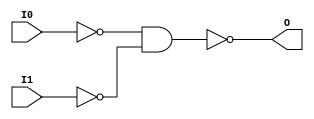
// $Header: /devl/xcs/repo/env/Databases/CAEInterfaces/verunilibs/data/unisims/NAND2B2.v,v 1.6 2007/05/23 21:43:39 patrickp Exp $
///////////////////////////////////////////////////////////////////////////////
// Copyright (c) 1995/2004 Xilinx, Inc.
// All Right Reserved.
///////////////////////////////////////////////////////////////////////////////
//   ____  ____
//  /   /\/   /
// /___/  \  /    Vendor : Xilinx
// \   \   \/     Version : 10.1
//  \   \         Description : Xilinx Functional Simulation Library Component
//  /   /                  2-input NAND Gate
// /___/   /\     Filename : NAND2B2.v
// \   \  /  \    Timestamp : Thu Mar 25 16:42:56 PST 2004
//  \___\/\___\
//
// Revision:
//    03/23/04 - Initial version.
//    05/23/07 - Changed timescale to 1 ps / 1 ps.
//    05/23/07 - Added wire declaration for internal signals.

`timescale  1 ps / 1 ps


module NAND2B2 (O, I0, I1);

    output O;

    input  I0, I1;

    wire i0_inv;
    wire i1_inv;

    not N1 (i1_inv, I1);
    not N0 (i0_inv, I0);
    nand A1 (O, i0_inv, i1_inv);


endmodule